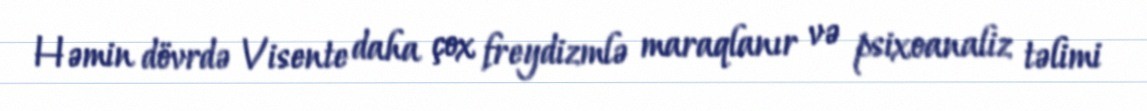
Həmin dövrdə Visente daha çox freydizmlə maraqlanır və psixoanaliz təlimi